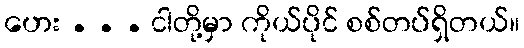
ဟေး . . . ငါတို့မှာ ကိုယ်ပိုင် စစ်တပ်ရှိတယ်။